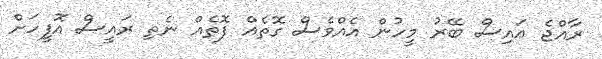
ރާއްޖެ އައިސް ބޭރު މީހުން އެއްވެސް ގޮތެއް ފޮތެއް ނެތި ރައީސް އޮފީހަށް